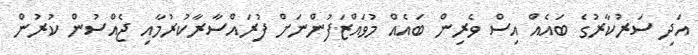
އަދި ސަރުކާރުގެ ބައެއް އިސް ވެރިން ބައެއް މުވައްޒަފުންނަށް ފުރައްސާރާކުރުމާއި ޖެއްސުން ކުރުން